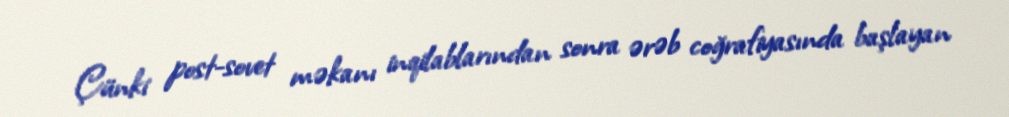
Çünki post-sovet məkanı inqilablarından sonra ərəb coğrafiyasında başlayan